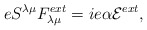
\begin{align*}eS^{{\lambda}{\mu}}F_{{\lambda}{\mu}}^{ext}=ie{\alpha}{\cal E}^{ext},\end{align*}